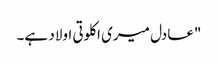
"عادل میری اکلوتی اولاد ہے۔